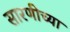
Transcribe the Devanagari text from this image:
सारणीच्या